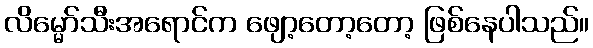
လိမ္မော်သီးအရောင်က ဖျော့တော့တော့ ဖြစ်နေပါသည်။